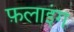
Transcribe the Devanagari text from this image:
फ़लाइंग